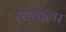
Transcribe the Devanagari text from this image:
रसकल्प